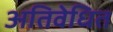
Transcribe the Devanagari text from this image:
अतिवेधित